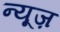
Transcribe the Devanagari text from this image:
न्‍यूज़